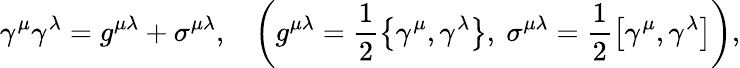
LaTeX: \gamma^{\mu}\gamma^{\lambda}=g^{\mu\lambda}+\sigma^{\mu\lambda},\ \ \ \left(g^{\mu\lambda}=\frac{1}{2}\left\{ \gamma^{\mu},\gamma^{\lambda}\right\} ,\ \sigma^{\mu\lambda}=\frac{1}{2}\left[\gamma^{\mu},\gamma^{\lambda}\right]\right),